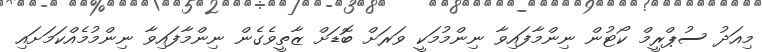
މިއަދު ސުޕްރީމް ކޯޓުން ނިންމާފައިވާ ނިންމުމަކީ ވަރަށް ބޮޑަށް ޒާތީވެގެން ނިންމާފައިވާ ނިންމުމެއްކަމަށައި